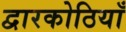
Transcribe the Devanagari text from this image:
द्वारकोठियाँ